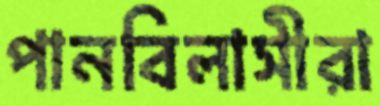
পানবিলাসীরা